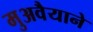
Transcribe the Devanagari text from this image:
मुअवैयाने